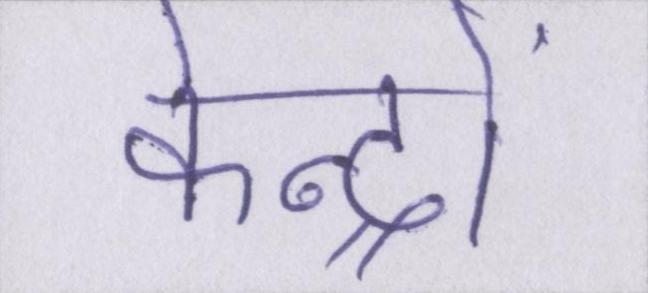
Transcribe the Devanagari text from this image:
केन्द्रों